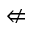
\nLeftarrow